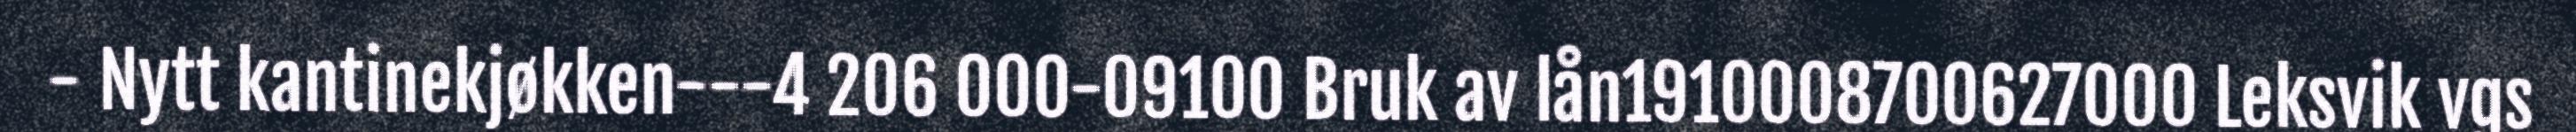
- Nytt kantinekjøkken---4 206 000-09100 Bruk av lån1910008700627000 Leksvik vgs